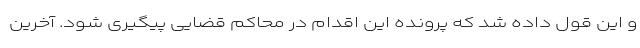
و این قول داده شد که پرونده این اقدام در محاکم قضایی پیگیری شود. آخرین